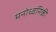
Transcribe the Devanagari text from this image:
मनोध्वनिकी